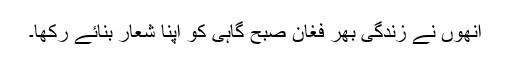
انھوں نے زندگی بھر فغان صبح گاہی کو اپنا شعار بنائے رکھا۔